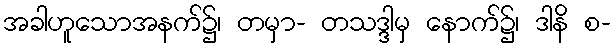
အခါဟူသောအနက်၌၊ တမှာ- တသဒ္ဒါမှ နောက်၌၊ ဒါနိ စ-